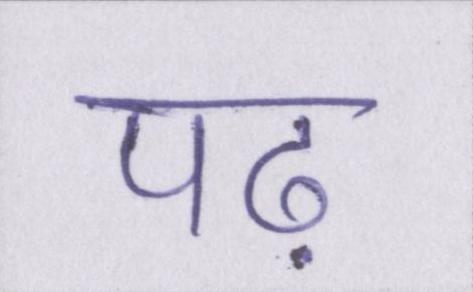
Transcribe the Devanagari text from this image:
पढ़